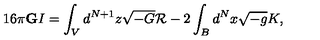
1 6 \pi { \bf G } I = \int _ { V } d ^ { N + 1 } z \sqrt { - G } { \cal R } - 2 \int _ { B } d ^ { N } x \sqrt { - g } K ,